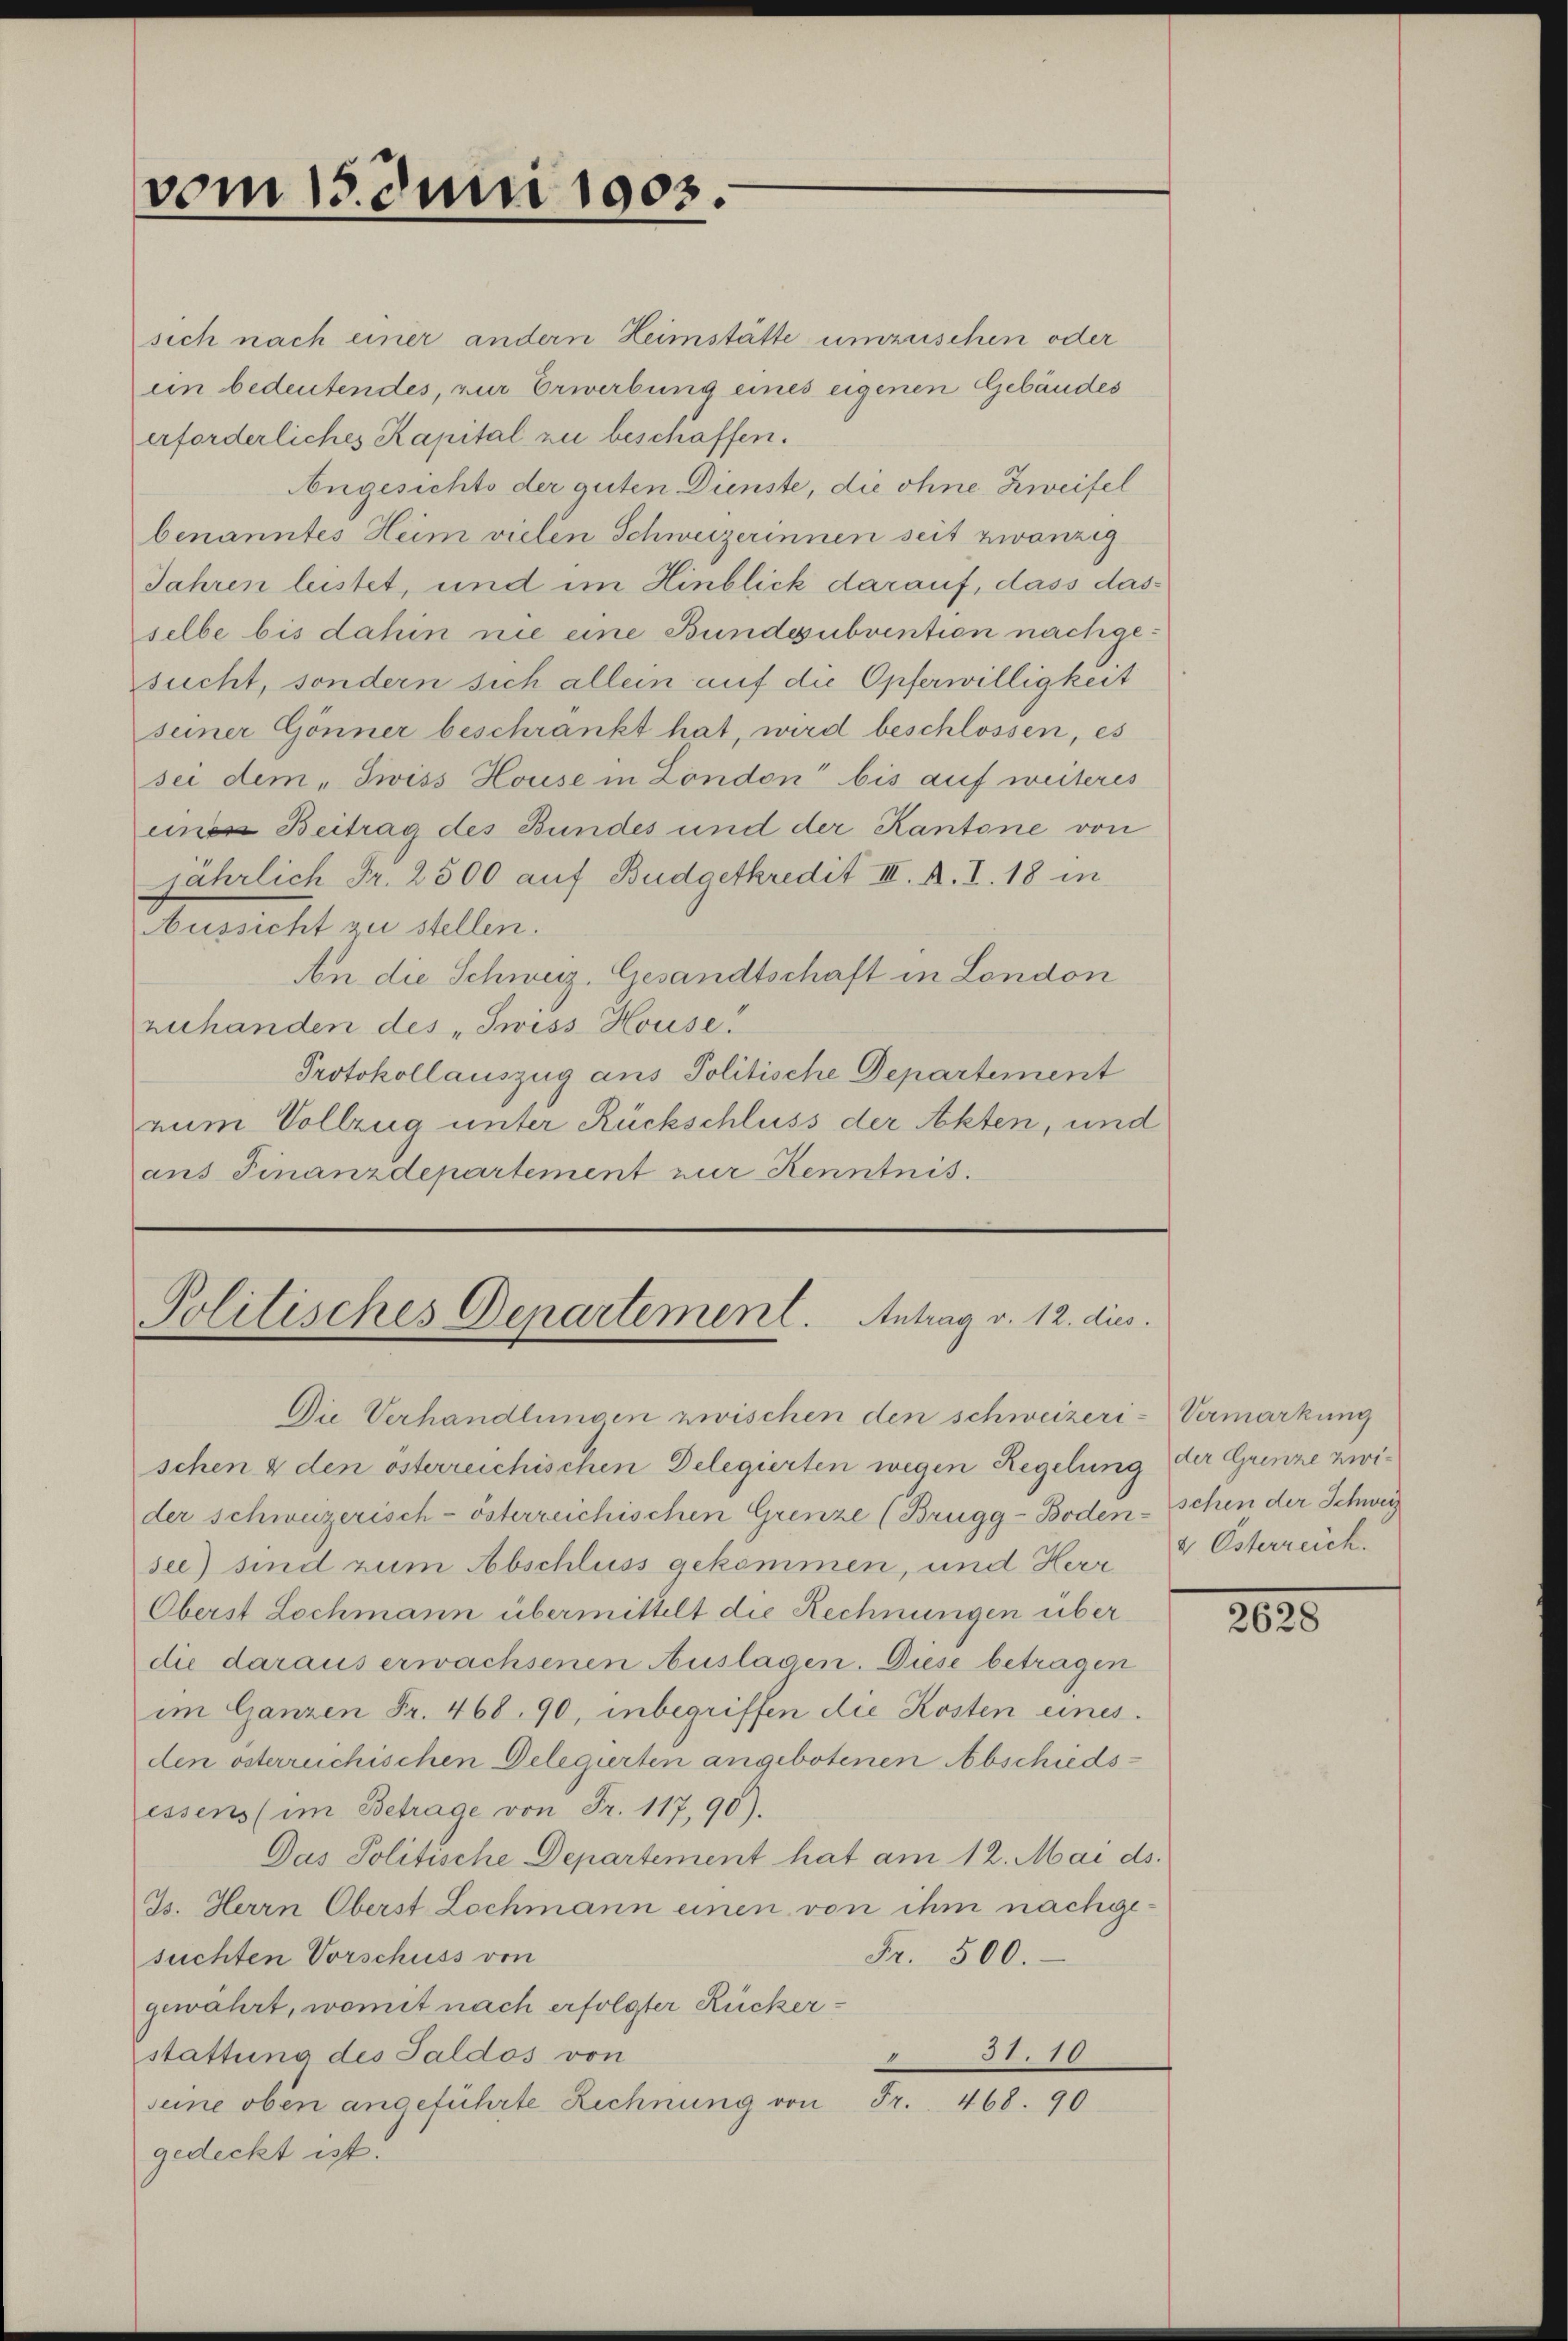
vom 15. Juni 1903.
e

sich nach einer andern Heimstätte umzuschen oder
ein bedeutendes, zur Erwerbung eines eigenen Gebäudes
erforderliches Kapital zu beschaffen.
Angesichts der guten Dienste, die ohne Zweifel
benanntes Heim vielen Schweizerinnen seit zwanzig
Jahren leistet, und im Hinblick darauf, dass das-
selbe bis dahin nie eine Bundesubvention nachgesucht, sondern sich allein auf die Opferwilligkeit
seiner Gönner beschränkt hat, wird beschlossen, es
sei dem „Tiviss House in London bis auf weiteres
ein Beitrag des Bundes und der Kantone von
jährlich Fr. 2300 auf Budgetkredit III. R. I. 18 in
Aussicht zu stellen.
An die Schweiz. Gesandtschaft in London
zuhanden des „Swiss House!
Protokollauszug aus Politische Departement
num Vollzug unter Rückschluss der Akten, und
ans Finanzdepartement zur Kenntnis.

Politisches Departement. Antrag v. 12. dies
Die Verhandlungen zwischen den schweizeri- Vermarkung

schen & den österreichischen Delegierten wegen Regelung der Grenze zwider schweizerisch-österreichischen Grenze (Brugg-Boden-Schen der Schweiz
see) sind zum Abschluss gekommen, und Herr
Oberst Lochmann übermittelt die Rechnungen über
die daraus erwachsenen Auslagen. Diese betragen
im Ganzen Fr. 468. 90, inbegriffen die Kosten eines.
den österreichischen Delegirten angebotenen Abschiedsessens (im Betrage von Fr. 117,90).
Das Politische Departement hat am 12. Mai ds.
Js. Herrn Oberst Lochmann einen von ihm nachgesuchten Vorschuss von
Fr. 500.
gewährt, womit nach erfolgter Rückerstattung des Saldos von
755
seine oben angeführte Rechnung von Fr. 468. 90
gedeckt ist.

8 Österreich.

2635